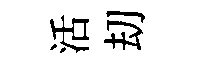
活刧